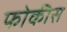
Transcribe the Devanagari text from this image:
फोकीस